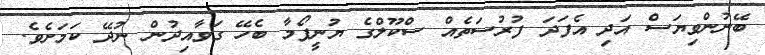
ބޭނުންވިޔަސް އަދި އެފަދަ ފުރުސަތެއް ސްކޫލްގެ ޔުނީފޯމާ ބެހޭ ގަވާއިދުން ނުދޭ ކަމަށެވެ.